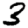
Digit: 3